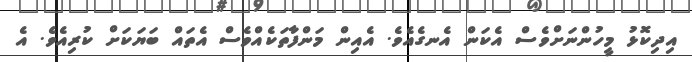
އިދިކޮޅު މީހުންނަށްވެސް އެކަން އެނގެއެވެ. އެއިން މަންފާތަކެއްވެސް އެތައް ބަޔަކަށް ކުރިއެވެ. އެ